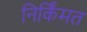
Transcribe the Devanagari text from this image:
निर्किंमत